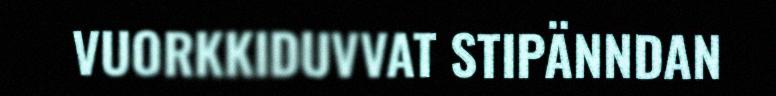
VUORKKIDUVVAT STIPÄNNDAN